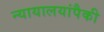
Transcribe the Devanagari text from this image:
न्यायालयांपैकी